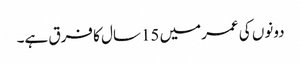
دونوں کی عمرمیں 15سال کا فرق ہے۔